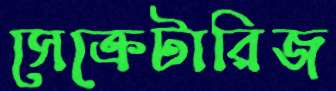
সেক্রেটারিজ